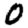
Digit: 0